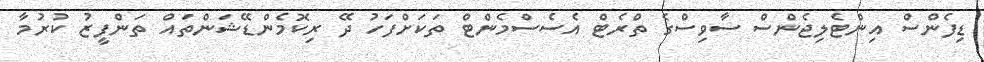
ޑިފެންސް އިންޓެލިޖެންސް ސާވިސްގެ ތްރެޓް އެސެސްމެންޓް ތަކަށްފަހު ދޭ ރިކޮމެންޑޭޝަންތައް ތަންފީޒު ކުރުމާ